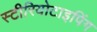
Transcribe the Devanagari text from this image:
स्टीरियोटाइपिंग